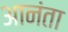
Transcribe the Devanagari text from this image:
आनंता